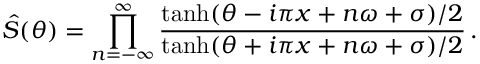
\hat { S } ( \theta ) = \prod _ { n = - \infty } ^ { \infty } \frac { \operatorname { t a n h } ( \theta - i \pi x + n \omega + \sigma ) / 2 } { \operatorname { t a n h } ( \theta + i \pi x + n \omega + \sigma ) / 2 } \, .